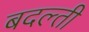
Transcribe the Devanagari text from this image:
बदल्ती